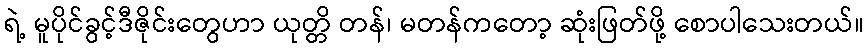
ရဲ့ မူပိုင်ခွင့်ဒီဇိုင်းတွေဟာ ယုတ္တိ တန်၊ မတန်ကတော့ ဆုံးဖြတ်ဖို့ စောပါသေးတယ်။